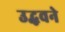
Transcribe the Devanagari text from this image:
उद्धवने